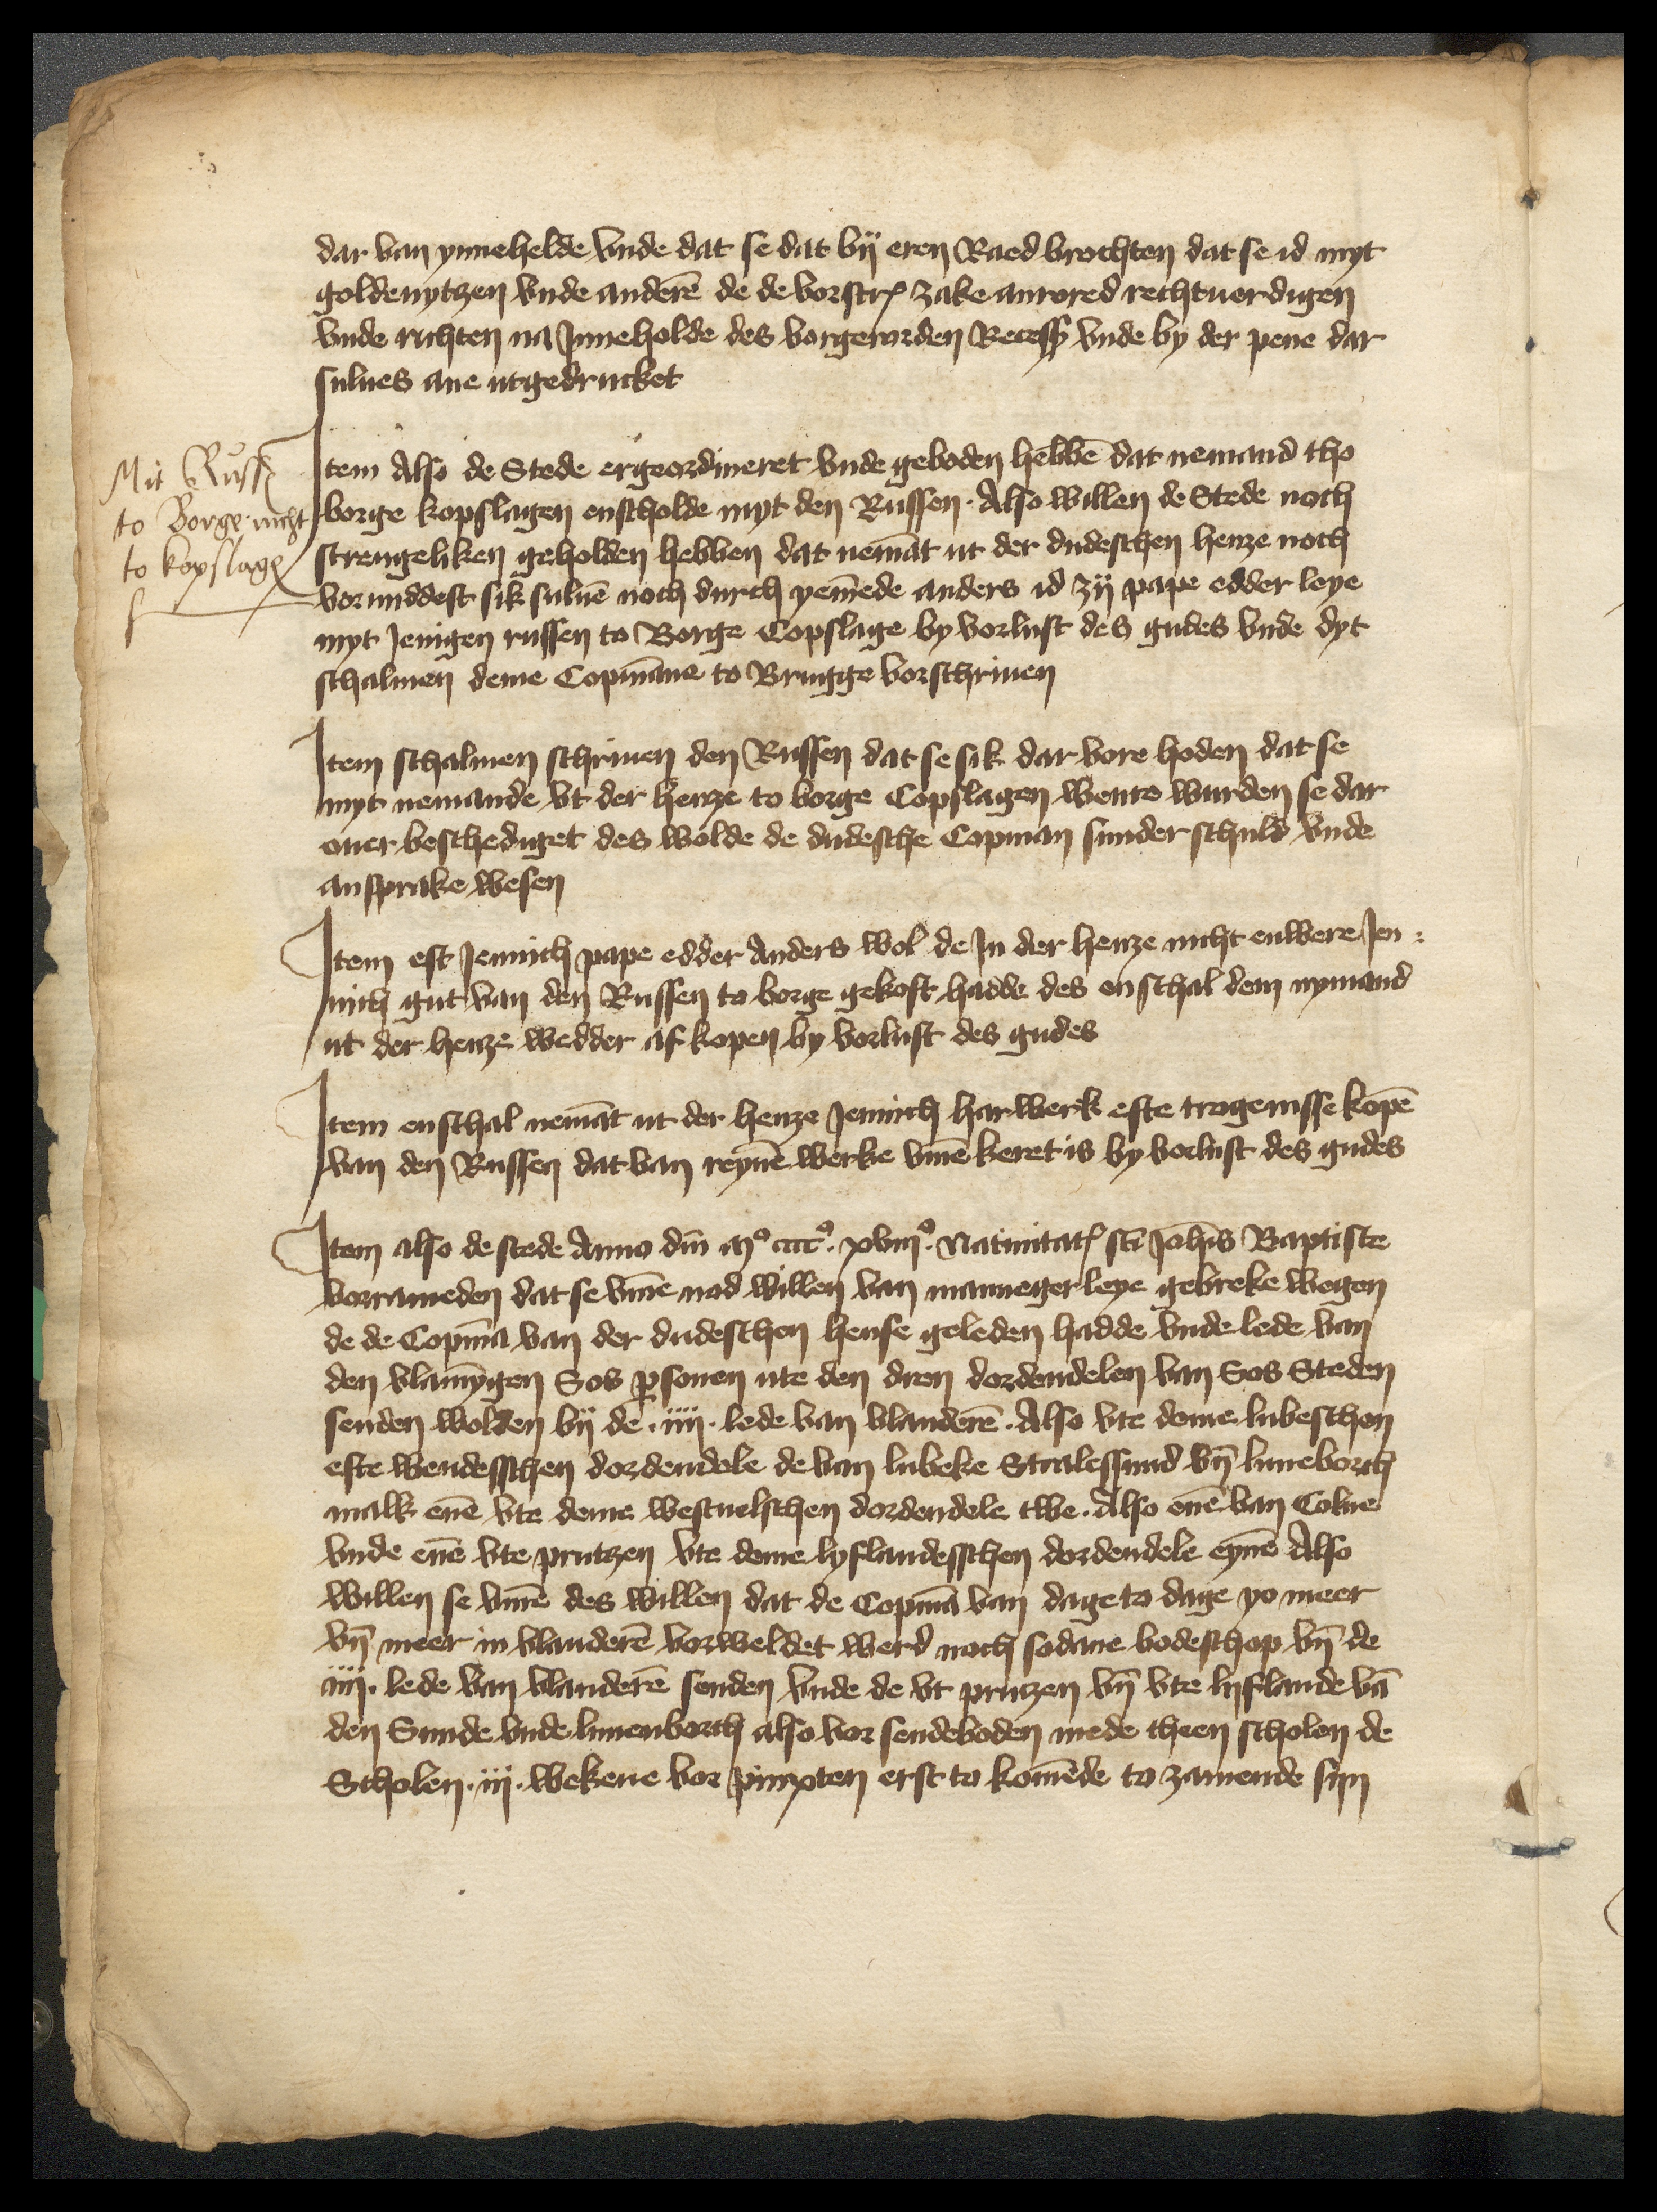
dar van ynnehelde vnde dat se dat by eren Raed brochten dat se id myt
goldenytzen vnde anderen de de vorscreuen zake anrored rechtuerdigen
vnde richten na Jnneholde des vorgerorden Recess vnde by der pene dar
sulues ane utgedrucket

Jtem Also de Stede ergeordineret vnde geboden hebben dat nemand tho
borge kopslagen enscholde myt den Russen. Also willen de Stede noch
strengeliken geholden hebben dat nemant ut der dudeschen henze noch
vormiddest sik suluen noch durch yemende anders id zy pape edder leye
myt Jenigen russen to Borge Copslage by vorlust des gudes vnde dyt
schalmen deme Copmanne to Brugge vorschriuen

Mit Russen
to Borge nicht
to kopslagen

Jtem schalmen schriuen den Russen dat se sik dar vore hoden dat se
myt nemande vt der henze to borge Copslagen wente wurden se dar
ouer beschediget des wolde de dudesche Copman sunder schuld vnde
ansprake wesen

Jtem eft Jennich pape edder Anders wol de Jn der henze nicht enwere Jen¬
nich gut van den Russen to borge gekoft hadde des enschal dem nymand
ut der henze wedder aff kopen by vorlust des gudes

Jtem enschal nemant ut der henze Jennich harwerk efte trogenisse kopen
van den Russen dat van reynen werke vmme keret is by vorlust des gudes

Jtem also de stede Am domini mo cccco xviijo natinitates sanct Johanis Baptiste
vorrameden dat se vmme nod willen van mannegerleye gebreke wegen
de de Copman van der dudeschen hense geleden hadde vnde lede van
den vlamyngen Sos personen ute den dren dordendelen van Sos Steden
senden wolden by den iiij lede van Vlanderen Also vte deme lubeschen
efte wendesschen dordendele de van Lubeke Stralessund vnd Luneborch
malk enen vte deme westuelschen dordendele twe. Also enen van Colne
vnde enen vte Prutzen vte deme lyflandesschen dordendele eynen also
willen se vmme des willen dat de Copman van dage to dage yo meer
vnd meer in Vlanderen vorweldet werd noch sodane bodeschop vnd de
iiij lede van Vlanderen senden vnde de vt Prutzen vnd vte Lyflande vnd
den Sunde vnde Lunenborch also vor sendeboden mede theen scholen de
Scholen iij wekene vor pinxten erst to komende to zamende syn